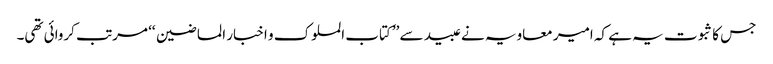
جس کا ثبوت یہ ہے کہ امیر معاویہ نے عبید سے ’’کتاب الملوک و اخبار الماضین ‘‘ مرتب کروائی تھی۔